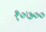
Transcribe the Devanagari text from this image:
१०७००